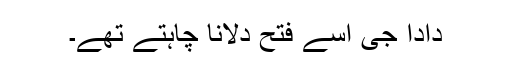
دادا جی اسے فتح دلانا چاہتے تھے۔